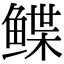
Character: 鲽